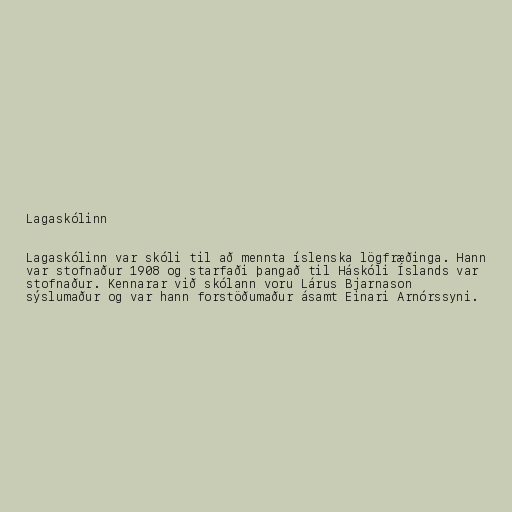
Lagaskólinn

Lagaskólinn var skóli til að mennta íslenska lögfræðinga. Hann
var stofnaður 1908 og starfaði þangað til Háskóli Íslands var
stofnaður. Kennarar við skólann voru Lárus Bjarnason
sýslumaður og var hann forstöðumaður ásamt Einari Arnórssyni.